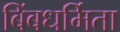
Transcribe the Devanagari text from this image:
बिंबधर्मिता